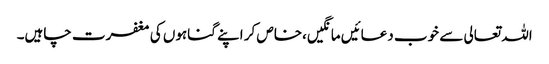
اللہ تعالی سے خوب دعائیں مانگیں،خاص کر اپنے گناہوں کی مغفرت چاہیں۔